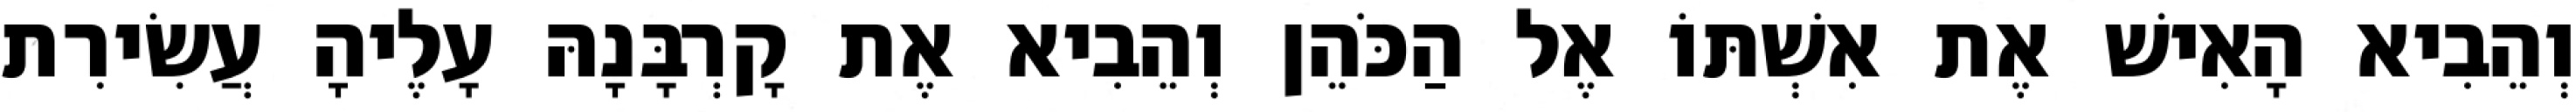
וְהֵבִיא הָאִישׁ אֶת אִשְׁתּוֹ אֶל הַכֹּהֵן וְהֵבִיא אֶת קָרְבָּנָהּ עָלֶיהָ עֲשִׂירִת